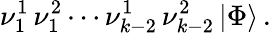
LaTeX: \nu_{1}^{1}\, \nu_{1}^{2}\cdots\nu_{k-2}^{1}\, \nu_{k-2}^{2}\, \vert\Phi\rangle\, .